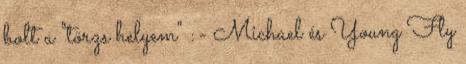
bolt a "törzs helyem" :- Michael és Young Fly